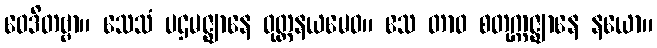
ဝေဒိတဗ္ဗာ။ သေသံ ပဌမဇ္ဈာနေ ဝုတ္တနယမေဝ။ ဧသ တာဝ စတုက္ကဇ္ဈာနေ နယော။